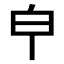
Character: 𤼽